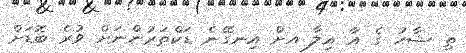
ތި ޝާހު ގެ އާ އިލާާ އށް އިނގޭނެ ޑަކްތަރުންނަށް ވުރެ ބޮޑަށް